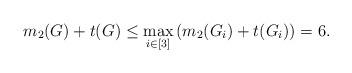
LaTeX: \begin{align*} m_2(G)+t(G) \le \max_{i\in[3]}\left(m_2(G_i)+t(G_i)\right)= 6. \end{align*}